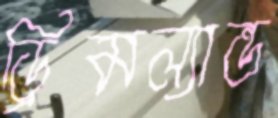
ড্রিমল্যান্ড